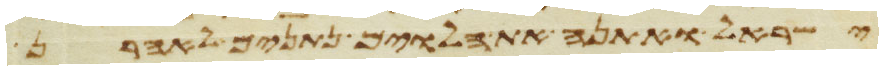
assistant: ישראל ואתנה את הלוים נתנים לאהרן